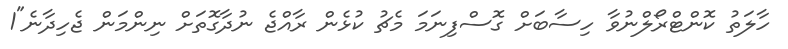
ހާލަތު ކޮންޓްރޯލްނުވާ ހިސާބަށް ގޮސްފިނަމަ މެޗު ކުޅެން ރާއްޖެ ނުދާގޮތަށް ނިންމަން ޖެހިދާނެ"1